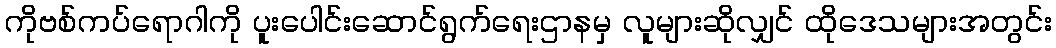
ကိုဗစ်ကပ်ရောဂါကို ပူးပေါင်းဆောင်ရွက်ရေးဌာနမှ လူများဆိုလျှင် ထိုဒေသများအတွင်း